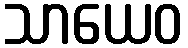
သာယေဝ